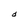
Character: d